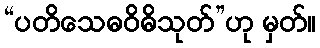
“ပတိသေဓဝိဓိသုတ်”ဟု မှတ်။